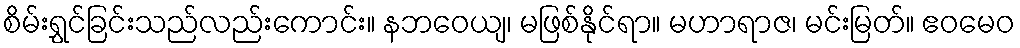
စိမ်းရွှင်ခြင်းသည်လည်းကောင်း။ နဘဝေယျ၊ မဖြစ်နိုင်ရာ။ မဟာရာဇ၊ မင်းမြတ်။ ဧဝမေဝ